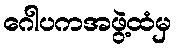
ဂေါပကအဖွဲ့ထံမှ